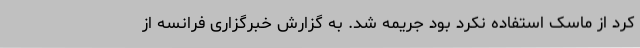
کرد از ماسک استفاده نکرد بود جریمه شد. به گزارش خبرگزاری فرانسه از